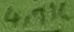
Text: 4,7K